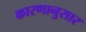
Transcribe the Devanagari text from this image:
कारणानुसार